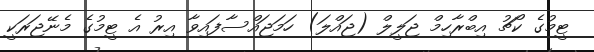
ޓީމުގެ ކޯޗު އިބްރާހިމް ޖަލީލް (ޖައްލަ) ހަމަޖައްސާފައިވާ އިރު އެ ޓީމުގެ މެނޭޖަރަކީ